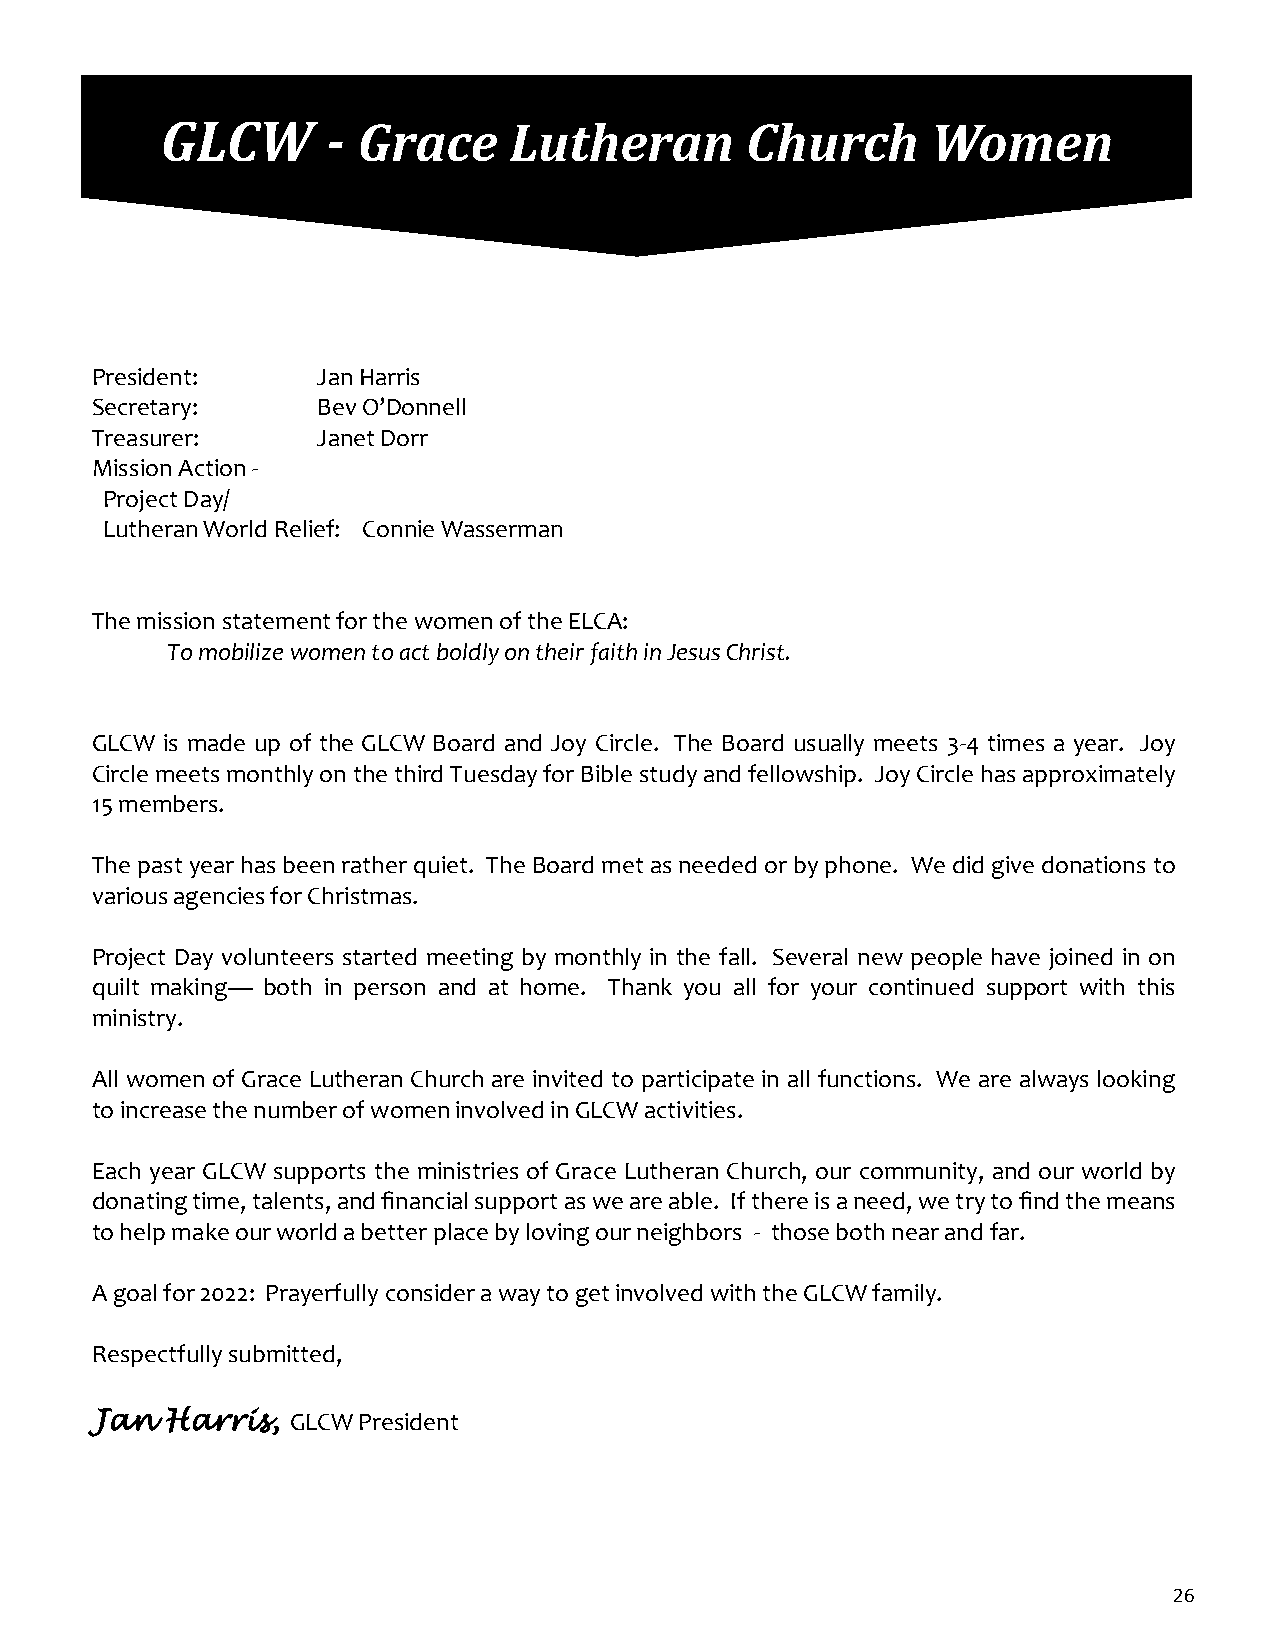
GLCW       - Grace     Lutheran       Church       Women
 President:     Jan Harris
 Secretary:     Bev O’Donnell
 Treasurer:     Janet Dorr
 Mission Action -
 Project Day/
 Lutheran World Relief: Connie Wasserman
 The mission statement for the women of the ELCA:
 To mobilize women to act boldly on their faith in Jesus Christ.
 GLCW is made up of the GLCW Board and Joy Circle. The Board usually meets 3-4 times a year. Joy
 Circle meets monthly on the third Tuesday for Bible study and fellowship. Joy Circle has approximately
 15 members.
 The past year has been rather quiet. The Board met as needed or by phone. We did give donations to
 various agencies for Christmas.
 Project Day volunteers started meeting by monthly in the fall. Several new people have joined in on
 quilt making— both in person and at home. Thank you all for your continued support with this
 ministry.
 All women of Grace Lutheran Church are invited to participate in all functions. We are always looking
 to increase the number of women involved in GLCW activities.
 Each year GLCW supports the ministries of Grace Lutheran Church, our community, and our world by
 donating time, talents, and financial support as we are able. If there is a need, we try to find the means
 to help make our world a better place by loving our neighbors - those both near and far.
 A goal for 2022: Prayerfully consider a way to get involved with the GLCW family.
 Respectfully submitted,
 Jan  Harris, GLCW President
 26